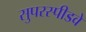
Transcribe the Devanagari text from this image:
सुपरस्पीडवे